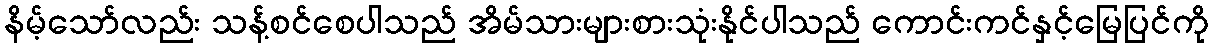
နိမ့်သော်လည်း သန့်စင်စေပါသည် အိမ်သားများစားသုံးနိုင်ပါသည် ကောင်းကင်နှင့်မြေပြင်ကို